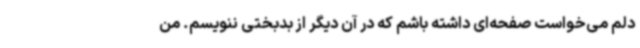
دلم می‌خواست صفحه‌ای داشته باشم که در آن دیگر از بدبختی ننویسم. من